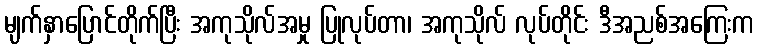
မျက်နှာပြောင်တိုက်ပြီး အကုသိုလ်အမှု ပြုလုပ်တာ၊ အကုသိုလ် လုပ်တိုင်း ဒီအညစ်အကြေးက